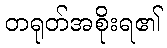
တရုတ်အစိုးရ၏